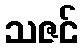
သဇင်